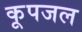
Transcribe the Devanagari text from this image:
कूपजल